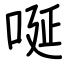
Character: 唌